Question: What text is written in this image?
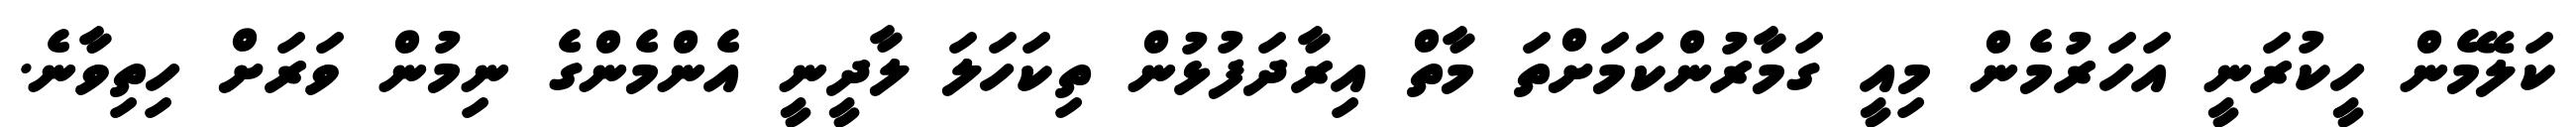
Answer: ކަލޭމެން ހީކުރަނީ އަހަރުމެން މިއީ ގަމާރުންކަމަށްތަ މާތް އިރާދަފުޅުން ތިކަހަލަ ލާދީނީ އެންމެންގެ ނިމުން ވަރަށް ހިތިވާނެ.